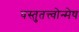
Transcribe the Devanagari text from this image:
वस्तुतत्त्वोन्मेष